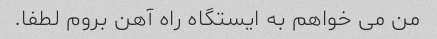
من می خواهم به ایستگاه راه آهن بروم لطفا.